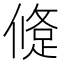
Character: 𨁀